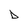
Character: D